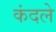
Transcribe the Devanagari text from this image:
कंदले